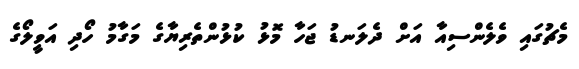
މެޗުގައި ވެލެންސިއާ އަށް ދެލަނޑު ޖަހާ މޮޅު ކުޅުންތެރިޔާގެ މަގާމު ހޯދި އަވީލޯގެ